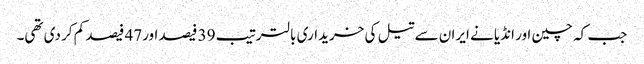
جب کہ چین اور انڈیا نے ایران سے تیل کی خریداری بالترتیب 39 فیصد اور47 فیصد کم کر دی تھی۔